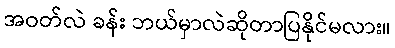
အဝတ်လဲ ခန်း ဘယ်မှာလဲဆိုတာပြနိုင်မလား။